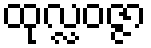
ထုလ္လဝဇ္ဇာ